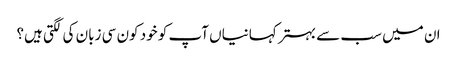
ان میں سب سے بہتر کہانیاں آپ کو خود کون سی زبان کی لگتی ہیں؟